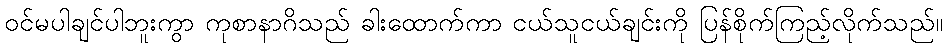
ဝင်မပါချင်ပါဘူးကွာ ကုစာနာဂိသည် ခါးထောက်ကာ ငယ်သူငယ်ချင်းကို ပြန်စိုက်ကြည့်လိုက်သည်။